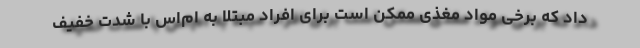
داد که برخی مواد مغذی ممکن است برای افراد مبتلا به ام‌اس با شدت خفیف